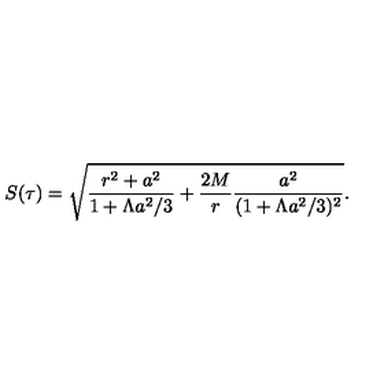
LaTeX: S ( \tau ) = \sqrt { \frac { r ^ { 2 } + a ^ { 2 } } { 1 + \Lambda a ^ { 2 } / 3 } + \frac { 2 M } { r } \frac { a ^ { 2 } } { ( 1 + \Lambda a ^ { 2 } / 3 ) ^ { 2 } } } .